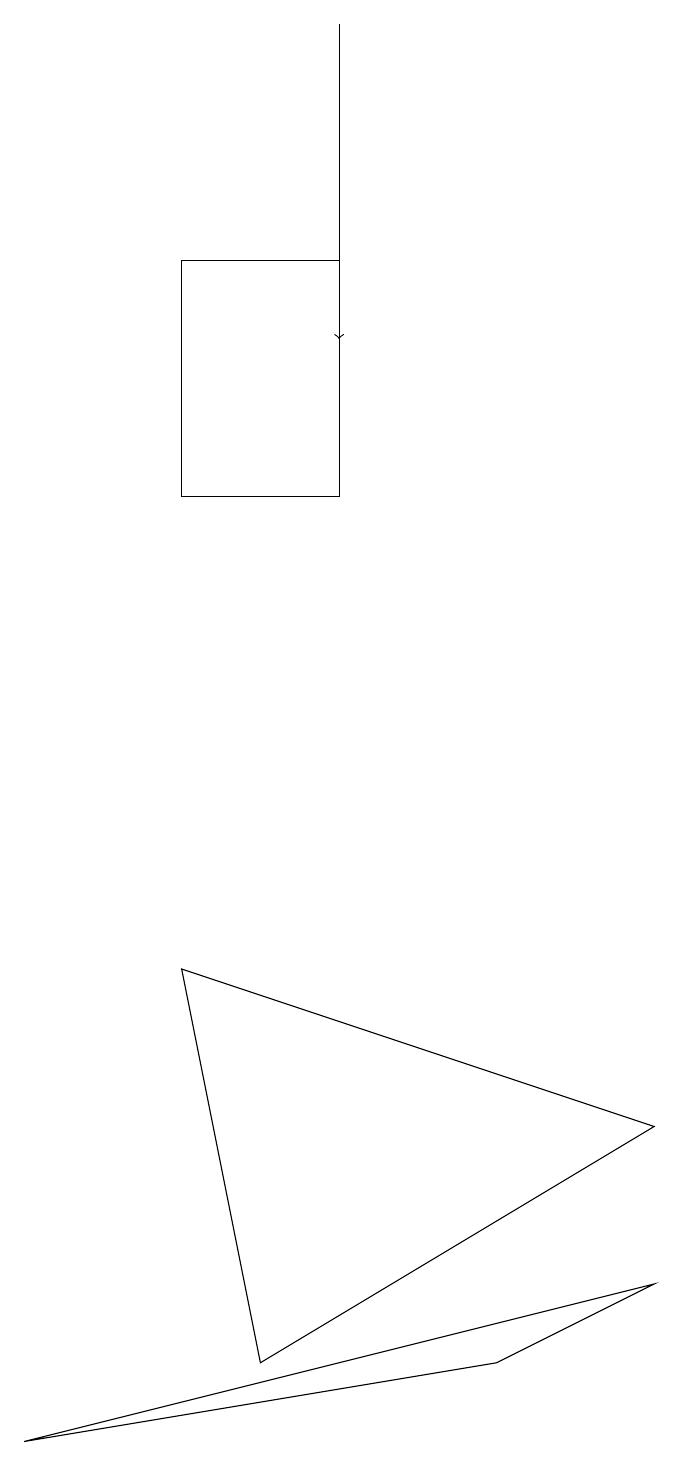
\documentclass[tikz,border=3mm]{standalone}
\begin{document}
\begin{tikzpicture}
\draw (9,2) -- (7,1) -- (1,0) -- cycle;
\draw[->] (5,18) -- (5,14);
\draw (4,1) -- (3,6) -- (9,4) -- cycle;
\draw (5,12) rectangle (3,15);
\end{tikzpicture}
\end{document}